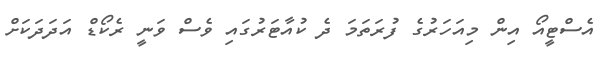
އެސްޓީއޯ އިން މިއަހަރުގެ ފުރަތަމަ ދެ ކުއާޓަރުގައި ވެސް ވަނީ ރެކޯޑް އަދަދަކަށް